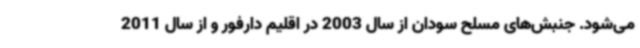
می‌شود. جنبش‌های مسلح سودان از سال 2003 در اقلیم دارفور و از سال 2011